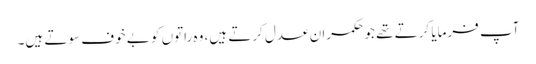
آپ فرمایا کرتے تھے جو حکمران عدل کرتے ہیں، وہ راتوں کو بے خوف سوتے ہیں۔